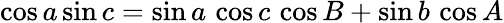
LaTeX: \cos a\sin c=\sin a\, \cos c\, \cos B+\sin b\, \cos A